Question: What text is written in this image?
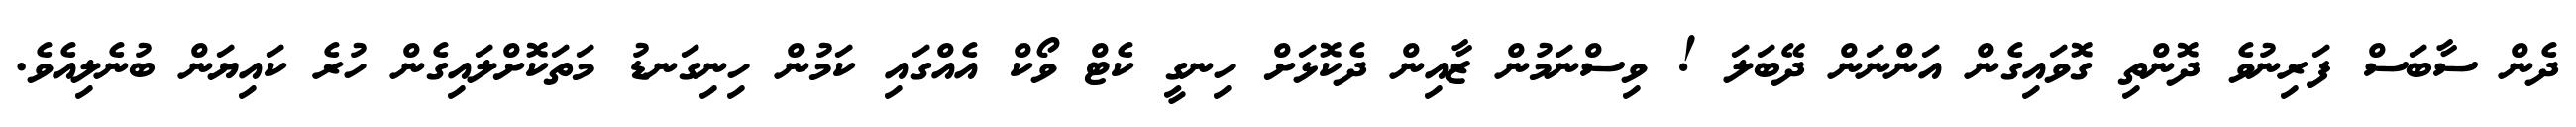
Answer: ދެން ސާބަސް ފަރިނުވެ ދޮންތި ގޮވައިގެން އަންނަން ދޭބަލަ ! ވިސްނަމުން ޒާއިން ދެކޮޅަށް ހިނގީ ކެޓް ވޯކް އެއްގައި ކަމުން ހިނިގަނޑު މަތަކޮށްލައިގެން ހުރެ ކައިޔަން ބުނެލިއެވެ.